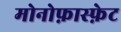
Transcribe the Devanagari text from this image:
मोनोफ़ास्फ़ेट